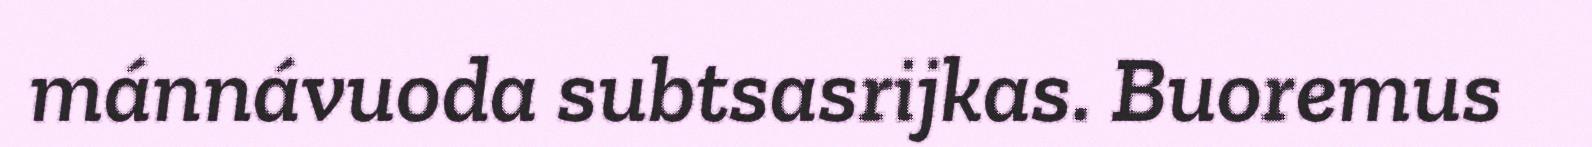
mánnávuoda subtsasrijkas. Buoremus